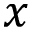
x